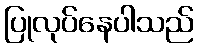
ပြုလုပ်နေပါသည်